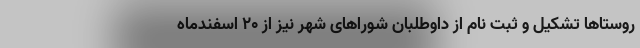
روستاها تشکیل و ثبت نام از داوطلبان شوراهای شهر نیز از ۲۰ اسفندماه